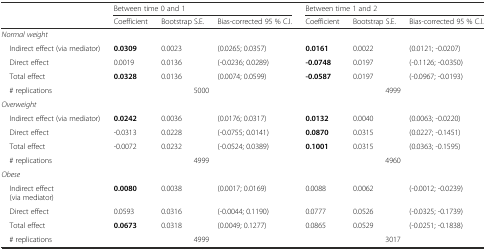
<table><thead><tr><td>[EMPTY_CELL]</td><td colspan="3"><b>Between time 0 and 1</b></td><td colspan="3"><b>Between time 1 and 2</b></td></tr><tr><td>[EMPTY_CELL]</td><td><b>Coefficient</b></td><td><b>Bootstrap S.E.</b></td><td><b>Bias-corrected 95 % C.I.</b></td><td><b>Coefficient</b></td><td><b>Bootstrap S.E.</b></td><td><b>Bias-corrected 95 % C.I.</b></td></tr></thead><tbody><tr><td colspan="7"><i>Normal weight</i></td></tr><tr><td> Indirect effect (via mediator)</td><td><b>0.0309</b></td><td>0.0023</td><td>(0.0265; 0.0357)</td><td><b>0.0161</b></td><td>0.0022</td><td>(0.0121; -0.0207)</td></tr><tr><td> Direct effect</td><td>0.0019</td><td>0.0136</td><td>(-0.0236; 0.0289)</td><td><b>-0.0748</b></td><td>0.0197</td><td>(-0.1126; -0.0350)</td></tr><tr><td> Total effect</td><td><b>0.0328</b></td><td>0.0136</td><td>(0.0074; 0.0599)</td><td><b>-0.0587</b></td><td>0.0197</td><td>(-0.0967; -0.0193)</td></tr><tr><td> # replications</td><td colspan="3">5000</td><td colspan="3">4999</td></tr><tr><td colspan="7"><i>Overweight</i></td></tr><tr><td> Indirect effect (via mediator)</td><td><b>0.0242</b></td><td>0.0036</td><td>(0.0176; 0.0317)</td><td><b>0.0132</b></td><td>0.0040</td><td>(0.0063; -0.0220)</td></tr><tr><td> Direct effect</td><td>-0.0313</td><td>0.0228</td><td>(-0.0755; 0.0141)</td><td><b>0.0870</b></td><td>0.0315</td><td>(0.0227; -0.1451)</td></tr><tr><td> Total effect</td><td>-0.0072</td><td>0.0232</td><td>(-0.0524; 0.0389)</td><td><b>0.1001</b></td><td>0.0315</td><td>(0.0363; -0.1595)</td></tr><tr><td> # replications</td><td colspan="3">4999</td><td colspan="3">4960</td></tr><tr><td colspan="7"><i>Obese</i></td></tr><tr><td> Indirect effect (via mediator)</td><td><b>0.0080</b></td><td>0.0038</td><td>(0.0017; 0.0169)</td><td>0.0088</td><td>0.0062</td><td>(-0.0012; -0.0239)</td></tr><tr><td> Direct effect</td><td>0.0593</td><td>0.0316</td><td>(-0.0044; 0.1190)</td><td>0.0777</td><td>0.0526</td><td>(-0.0325; -0.1739)</td></tr><tr><td> Total effect</td><td><b>0.0673</b></td><td>0.0318</td><td>(0.0049; 0.1277)</td><td>0.0865</td><td>0.0529</td><td>(-0.0251; -0.1838)</td></tr><tr><td> # replications</td><td colspan="3">4999</td><td colspan="3">3017</td></tr></tbody></table>